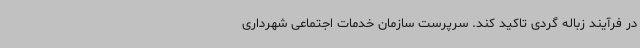
در فرآیند زباله گردی تاکید کند. سرپرست سازمان خدمات اجتماعی شهرداری